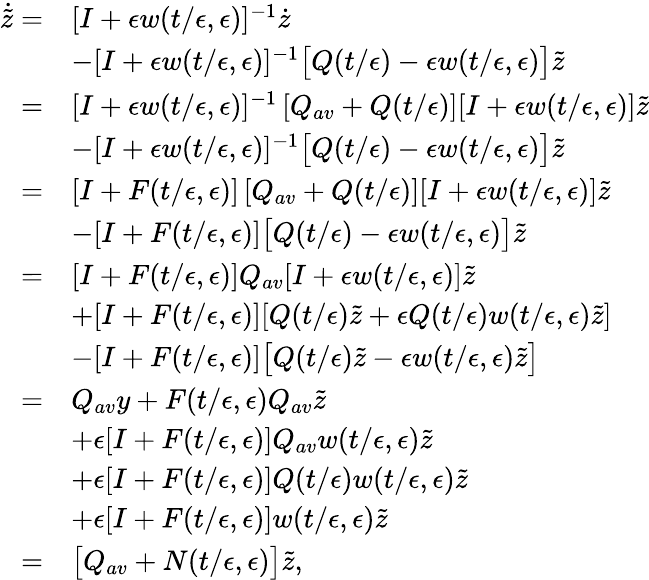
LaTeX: \begin{array}{rl}{\dot{\tilde{z}}=}&{[I+\epsilon w(t/\epsilon,\epsilon)]^{-1}\dot{z}}\\ &{-[I+\epsilon w(t/\epsilon,\epsilon)]^{-1}\big[Q(t/\epsilon)-\epsilon w(t/\epsilon,\epsilon)\big]\tilde{z}}\\ {=}&{[I+\epsilon w(t/\epsilon,\epsilon)]^{-1}\left[Q_{av}+Q(t/\epsilon)\right][I+\epsilon w(t/\epsilon,\epsilon)]\tilde{z}}\\ &{-[I+\epsilon w(t/\epsilon,\epsilon)]^{-1}\big[Q(t/\epsilon)-\epsilon w(t/\epsilon,\epsilon)\big]\tilde{z}}\\ {=}&{[I+F(t/\epsilon,\epsilon)]\left[Q_{av}+Q(t/\epsilon)\right][I+\epsilon w(t/\epsilon,\epsilon)]\tilde{z}}\\ &{-[I+F(t/\epsilon,\epsilon)]\big[Q(t/\epsilon)-\epsilon w(t/\epsilon,\epsilon)\big]\tilde{z}}\\ {=}&{[I+F(t/\epsilon,\epsilon)]Q_{av}[I+\epsilon w(t/\epsilon,\epsilon)]\tilde{z}}\\ &{+[I+F(t/\epsilon,\epsilon)][Q(t/\epsilon)\tilde{z}+\epsilon Q(t/\epsilon)w(t/\epsilon,\epsilon)\tilde{z}]}\\ &{-[I+F(t/\epsilon,\epsilon)]\big[Q(t/\epsilon)\tilde{z}-\epsilon w(t/\epsilon,\epsilon)\tilde{z}\big]}\\ {=}&{Q_{av}y+F(t/\epsilon,\epsilon)Q_{av}\tilde{z}}\\ &{+\epsilon[I+F(t/\epsilon,\epsilon)]Q_{av}w(t/\epsilon,\epsilon)\tilde{z}}\\ &{+\epsilon[I+F(t/\epsilon,\epsilon)]Q(t/\epsilon)w(t/\epsilon,\epsilon)\tilde{z}}\\ &{+\epsilon[I+F(t/\epsilon,\epsilon)]w(t/\epsilon,\epsilon)\tilde{z}}\\ {=}&{\big[Q_{av}+N(t/\epsilon,\epsilon)\big]\tilde{z},}\end{array}